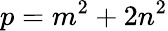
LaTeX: p=m^{2}+2n^{2}